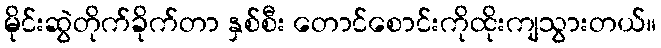
မိုင်းဆွဲတိုက်ခိုက်တာ နှစ်စီး တောင်စောင်းကိုထိုးကျသွားတယ်။